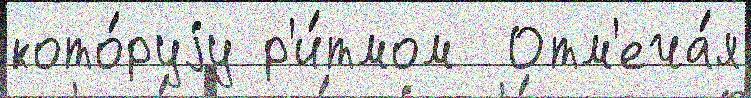
кото́руjу р'и́тмом  Отм'еча́я